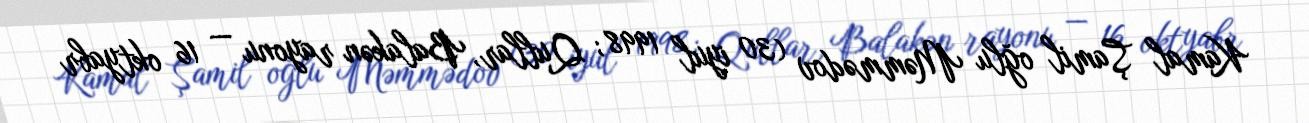
Kamal Şamil oğlu Məmmədov (30 iyul 1998; Qullar, Balakən rayonu — 16 oktyabr